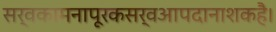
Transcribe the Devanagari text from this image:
सर्वकामनापूरकसर्वआपदानाशकहै।